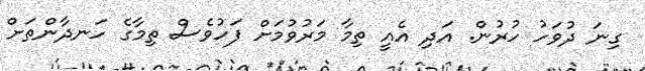
ގިނަ ދުވަހު ހުރުން. އަދި އެއީ ތިމާ މަރުވުމަށް ފަހުވެސް ތިމާގެ ހަނދާންތަށް